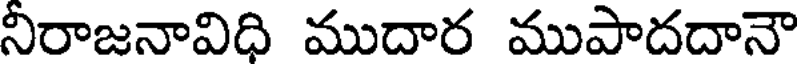
నీరాజనావిధి ముదార ముపాదదానౌ